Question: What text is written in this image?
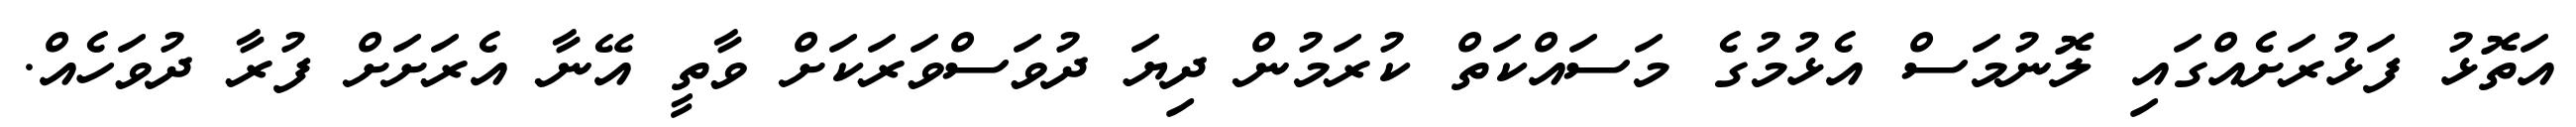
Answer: އަތޮޅު ފަޅުރަށެއްގައި ލޮނުމަސް އެޅުމުގެ މަސައްކަތް ކުރަމުން ދިޔަ ދުވަސްވަރަކަށް ވާތީ އޭނާ އެރަށަށް ފުރާ ދުވަހެއް.